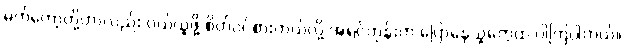
မက်ကော့တို့ဟာလည်း ဝယ်ယူဖို့ စိတ်ဝင်စားတယ်လို့ အရင်တုန်းက ပြောနေသူတွေထဲ ပါကြပါတယ်။